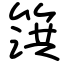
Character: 篊